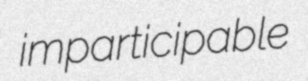
imparticipable